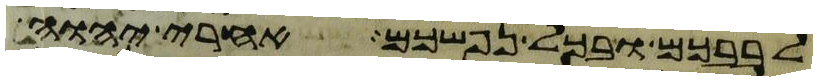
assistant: לבבכם ובכל נפשכם אחרי יהוה